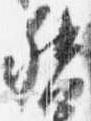
督